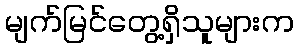
မျက်မြင်တွေ့ရှိသူများက